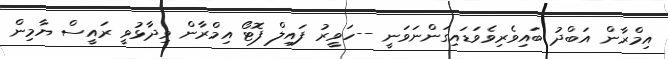
އިމްރާން އަބްދު ބައިވެރިވެވަޑައިގަންނަވަނީ --ހަވީރު ފައިލް ފޮޓޯ އިމްރާން ވިދާޅުވީ ރައީސް ޔާމިން